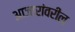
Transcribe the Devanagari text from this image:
आजारांवरील